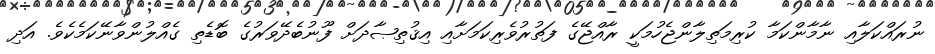
ނުރައްކަލާއި ނާމާންކަމާ ކުރިމަތިލާންޖެހުމަކީ ރާއްޖޭގެ ފަތުރުވެރިކަމަށާއި އިޤުތިޞާދަށް ފޫނުބެދޭވަރުގެ ބޮޑެތި ގެއްލުންވާނޭކަމެކެވެ. އަދި